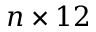
n \times 1 2